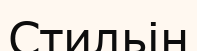
Стильін